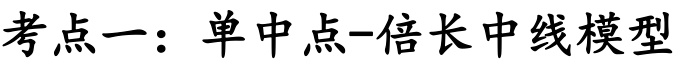
考点一：单中点-倍长中线模型